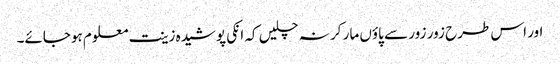
اور اس طرح زور زور سے پاؤں مار کر نہ چلیں کہ انکی پوشیدہ زینت معلوم ہوجائے۔